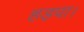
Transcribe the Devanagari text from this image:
हड़पा।